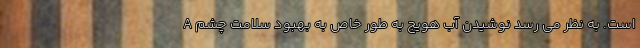
A است. به نظر می رسد نوشیدن آب هویج به طور خاص به بهبود سلامت چشم